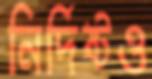
নির্দিষ্টও